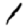
Digit: 1